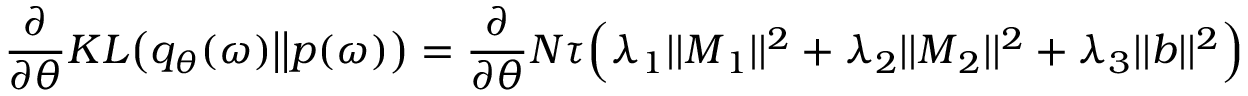
\frac { \partial } { \partial \theta } K L \big ( q _ { \theta } ( \boldsymbol { \omega } ) \big | \big | p ( \boldsymbol { \omega } ) \big ) = \frac { \partial } { \partial \theta } N \tau \Big ( \lambda _ { 1 } | | \boldsymbol { M } _ { 1 } | | ^ { 2 } + \lambda _ { 2 } | | \boldsymbol { M } _ { 2 } | | ^ { 2 } + \lambda _ { 3 } | | \boldsymbol { b } | | ^ { 2 } \Big )